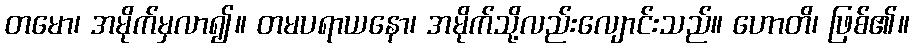
တမော၊ အမိုက်မှလာ၍။ တမပရာယနော၊ အမိုက်သို့လည်းလျောင်းသည်။ ဟောတိ၊ ဖြစ်၏။